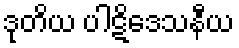
ဒုတိယ ပါဋိဒေသနီယ